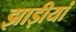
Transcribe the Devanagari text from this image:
झाड़ीयां